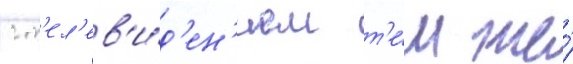
с т'ел'ев'и́д'ен'ием т'е́м же́